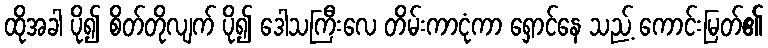
ထိုအခါ ပို၍ စိတ်တိုလျက် ပို၍ ဒေါသကြီးလေ တိမ်းကာငုံကာ ရှောင်နေ သည့် ကောင်းမြတ်၏